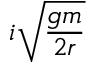
i \sqrt { \frac { g m } { 2 r } }